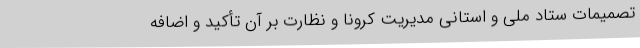
تصمیمات ستاد ملی و استانی مدیریت کرونا و نظارت بر آن تأکید و اضافه